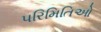
પરિમિતિઓ